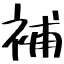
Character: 補